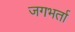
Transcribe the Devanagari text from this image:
जगभर्ता